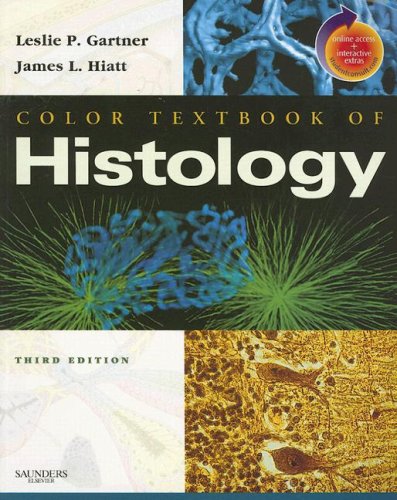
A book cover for Color Textbook of Histology, 3e; Leslie P. Gartner PhD; Medical Books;